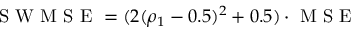
\mathrm { ~ S ~ W ~ M ~ S ~ E ~ } = ( 2 ( \rho _ { 1 } - 0 . 5 ) ^ { 2 } + 0 . 5 ) \cdot \mathrm { ~ M ~ S ~ E ~ }